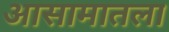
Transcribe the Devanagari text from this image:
आसामातला